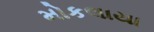
મોકલાયા